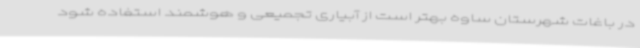
در باغات شهرستان ساوه بهتر است از آبیاری تجمیعی و هوشمند استفاده شود